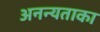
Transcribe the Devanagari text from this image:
अनन्यताका